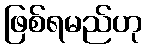
ဖြစ်ရမည်ဟု